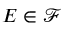
E \in { \mathcal { F } }